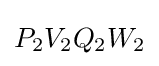
P_{2}V_{2}Q_{2}W_{2}